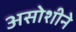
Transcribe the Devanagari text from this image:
असोशीने